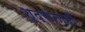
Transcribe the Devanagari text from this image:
शूद्रांनाही